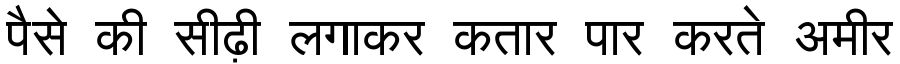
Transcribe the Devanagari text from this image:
पैसे की सीढ़ी लगाकर कतार पार करते अमीर